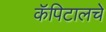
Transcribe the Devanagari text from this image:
कॅपिटालचे